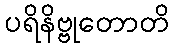
ပရိနိဗ္ဗုတောတိ